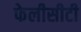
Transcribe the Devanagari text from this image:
फेलीसीटी